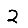
Digit: 2